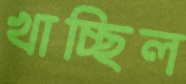
খাচ্ছিল